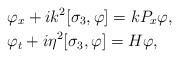
\begin{align*}&\varphi_x+ik^2[\sigma_3,\varphi]=kP_x\varphi,\\&\varphi_t+i\eta^2[\sigma_3,\varphi]= H\varphi,\end{align*}